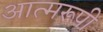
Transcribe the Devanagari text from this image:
आत्मरूपी